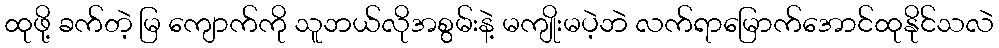
ထုဖို့ ခက်တဲ့ မြ ကျောက်ကို သူဘယ်လိုအစွမ်းနဲ့ မကျိုးမပဲ့ဘဲ လက်ရာမြောက်အောင်ထုနိုင်သလဲ